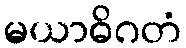
မယာဓိဂတံ